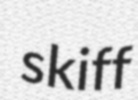
skiff